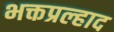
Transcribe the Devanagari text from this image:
भक्तप्रल्हाद